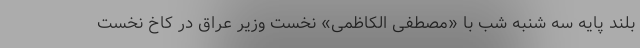
بلند پایه سه شنبه شب با «مصطفی الکاظمی» نخست وزیر عراق در کاخ نخست